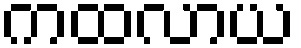
ကထလာယ